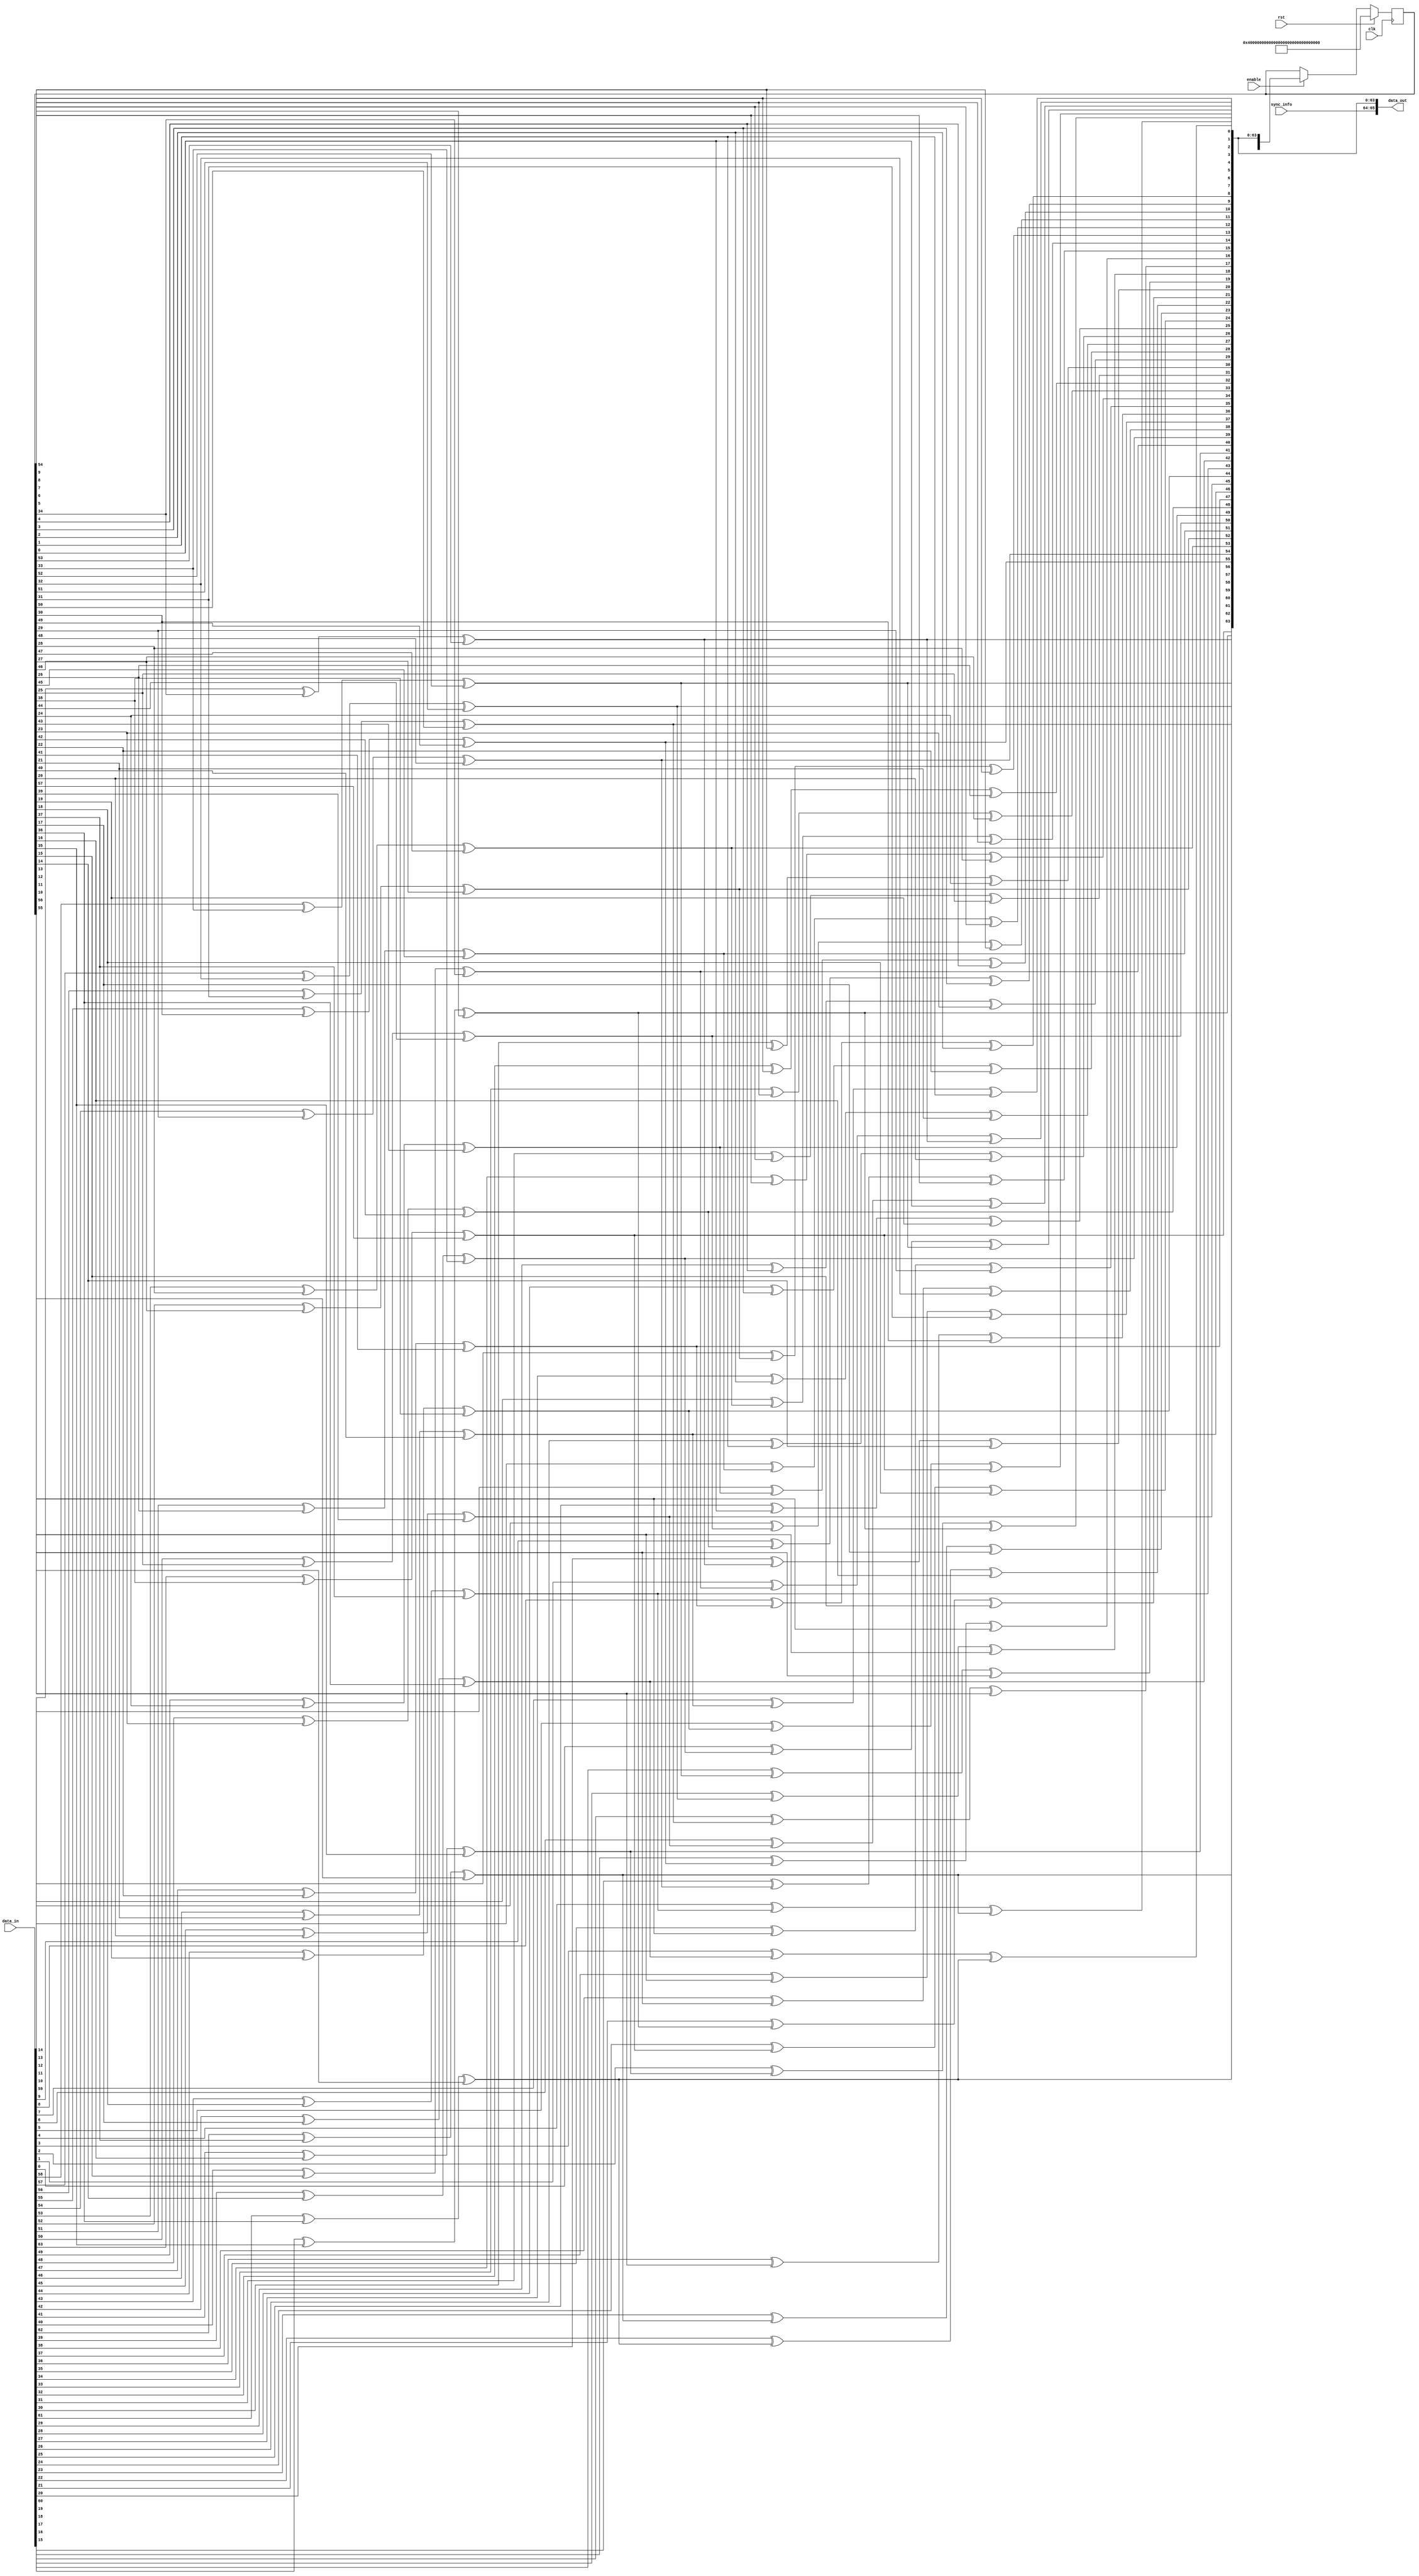
module scrambler #
( 
    parameter TX_DATA_WIDTH = 64
)
(
    input [0:(TX_DATA_WIDTH-1)] data_in,
    output [(TX_DATA_WIDTH+1):0] data_out,
    input enable,
    input [1:0] sync_info,
    input clk,
    input rst
);

    integer i;
    reg [((TX_DATA_WIDTH*2)-7):0] poly;
    reg [((TX_DATA_WIDTH*2)-7):0] scrambler;
    reg [0:(TX_DATA_WIDTH-1)] tempData = {TX_DATA_WIDTH{1'b0}};
    reg xorBit;

    always @(scrambler,data_in)
    begin
        poly = scrambler;
        for (i=0;i<=(TX_DATA_WIDTH-1);i=i+1)
        begin
            xorBit = data_in[i] ^ poly[38] ^ poly[57];
            poly = {poly[((TX_DATA_WIDTH*2)-8):0],xorBit};
            tempData[i] = xorBit;
        end
    end

    always @(posedge clk)
    begin
        if (rst) begin
            //scrambler        <= 122'h155_5555_5555_5555_5555_5555_5555_5555;
            scrambler        <= 122'hFFF_FFFF_FFFF_FFFF_FFFF_FFFF_FFFF_FFFF;
        end
        else if (enable) begin
            scrambler <= poly;
        end
    end
    
    assign data_out = {sync_info, tempData};

endmodule